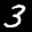
Label: 3